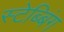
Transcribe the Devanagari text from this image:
स्टेब्बिंग